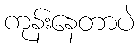
ကုန်းနေတာပဲ